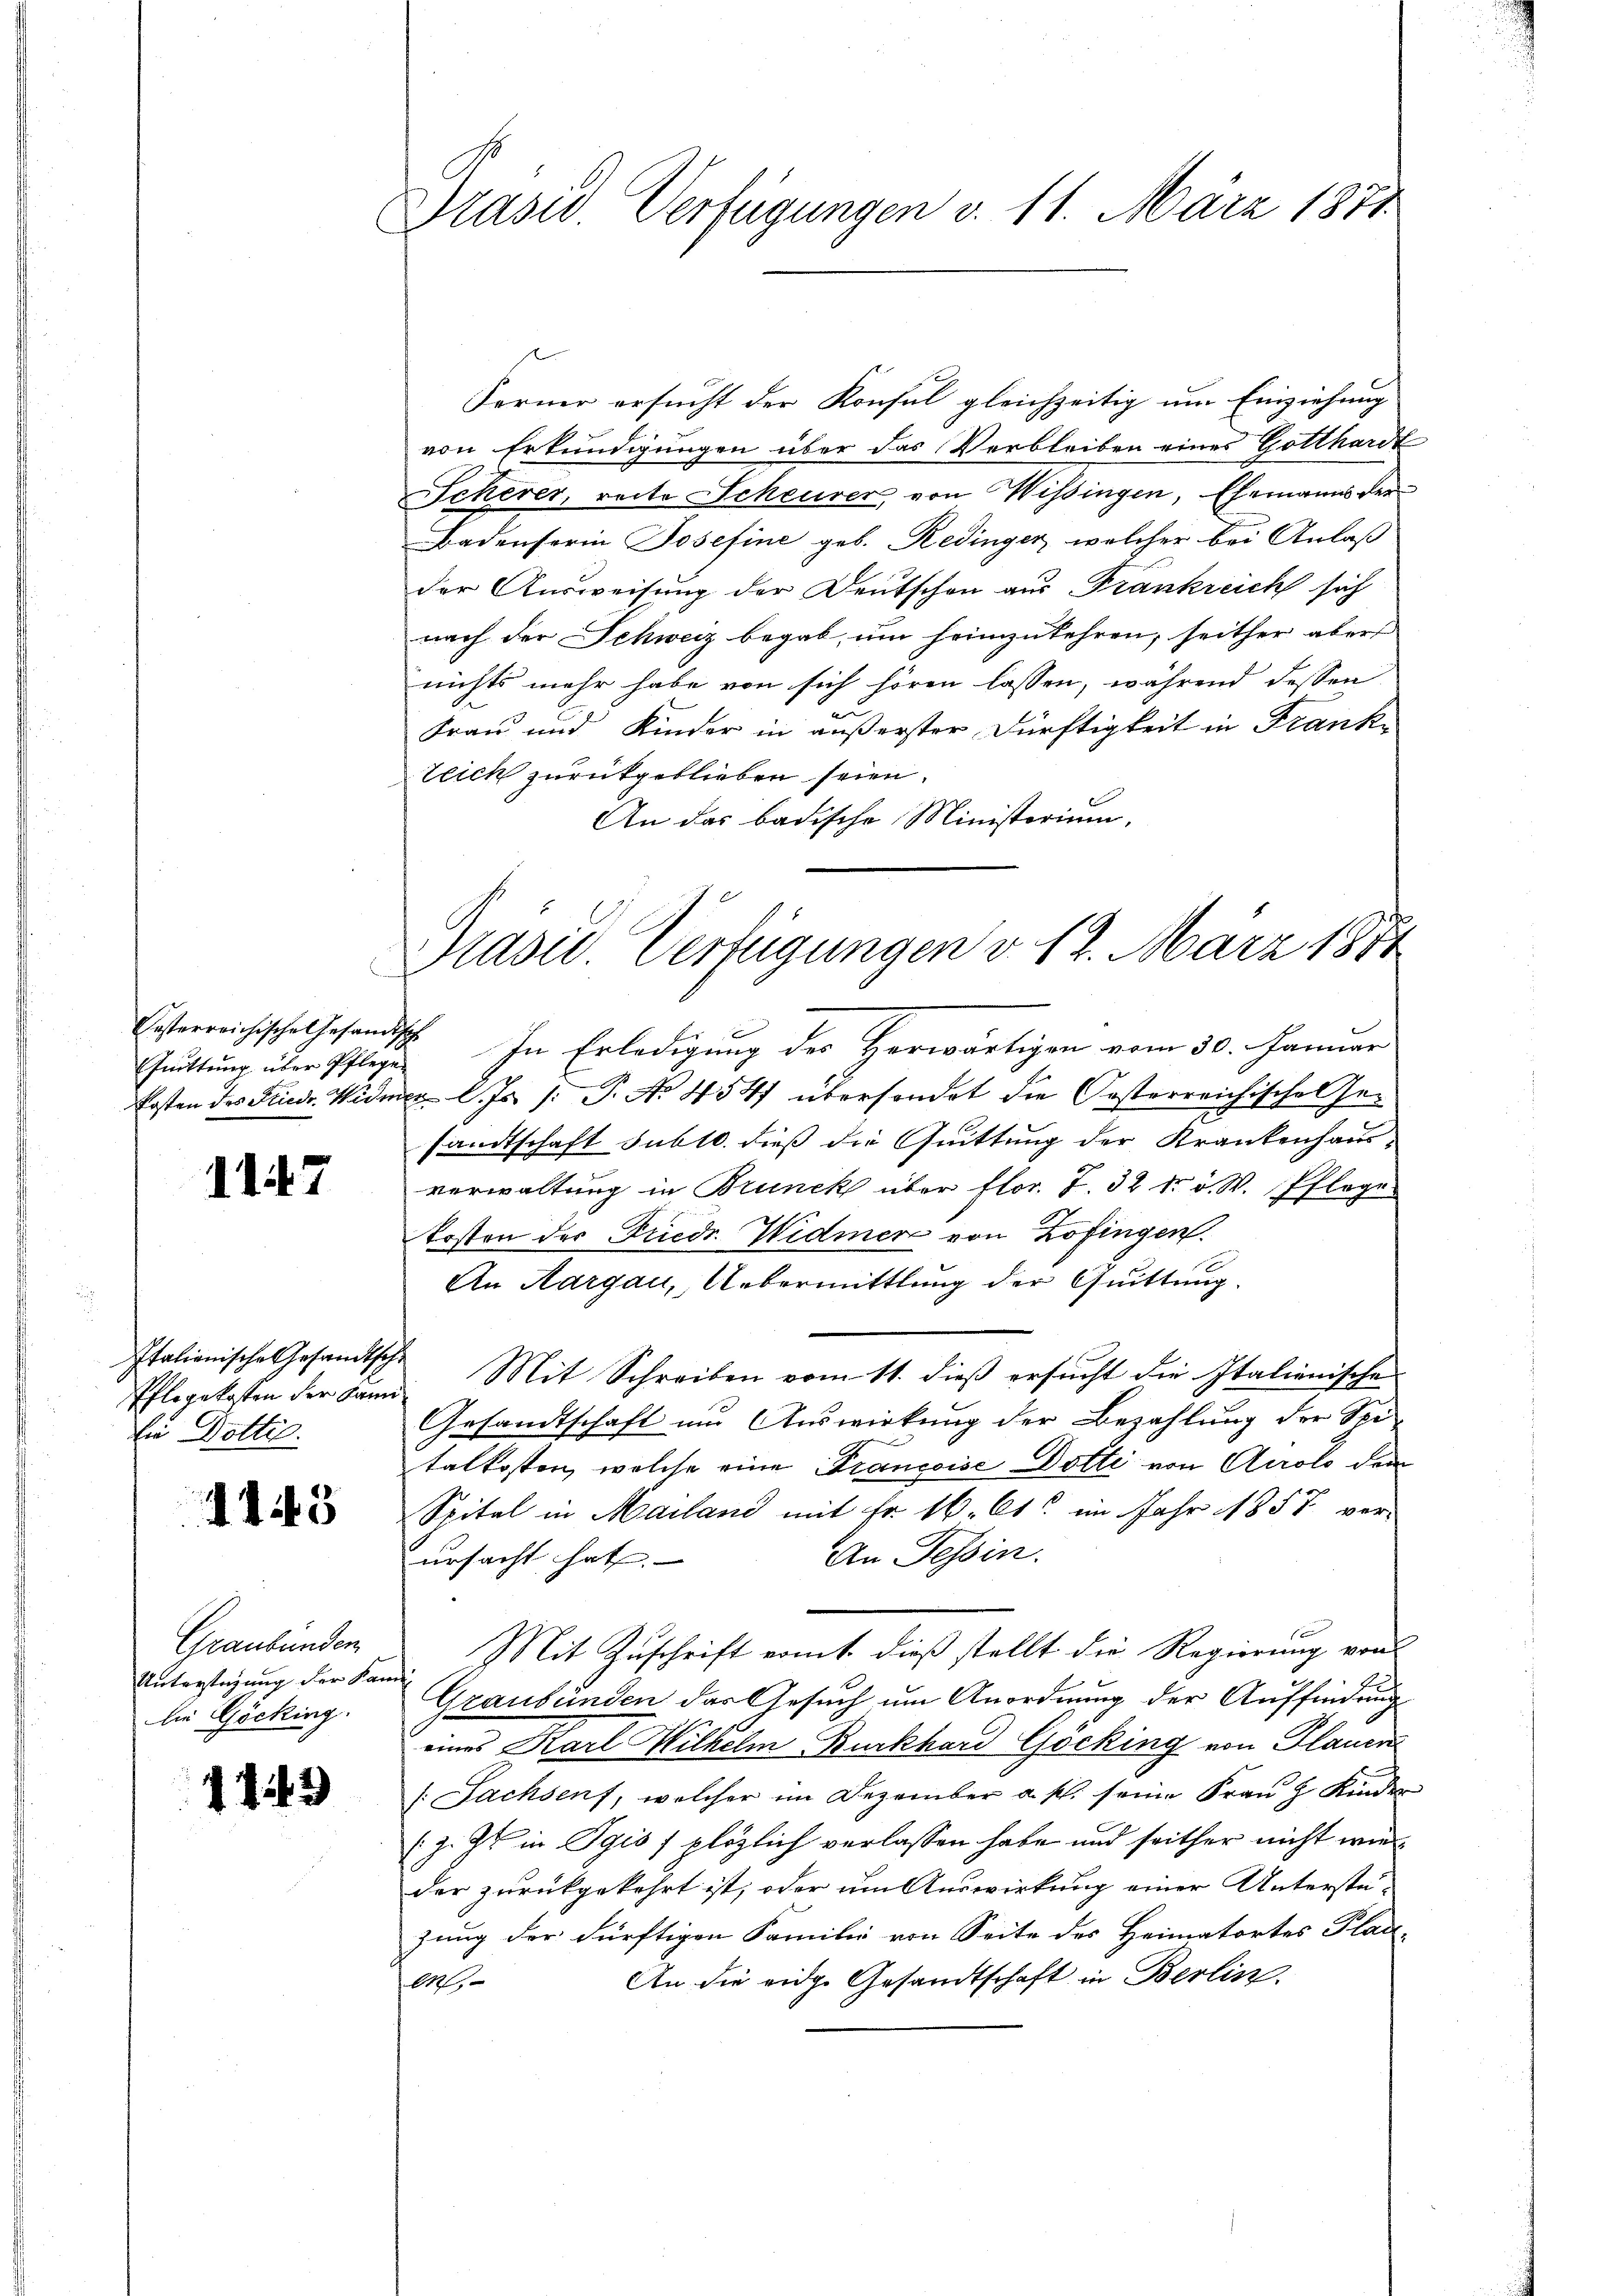
Quittung über Pflege

1147

Italionische Gesandtsch
die Dotter.

143

Graubünden
Unterstehung der Kandie Göcking.

1743

Präsid. Verfügungen v. 11. März 1871

Präsid. Verfügungen d. 12. März 1871

Ferner ersucht der Konsul gleichzeitig um Einziehung
von Erkundigungen über das Verbleiben eines Gotthardt
Scherer, reite Scheurer, von Wissingen, Ehemanns ver¬
Badenserin Josefine geb. Redinger, welcher bei Anlaß
der Ausweisung der Deutschon aus Frankreich sich
nach der Schweiz begab, um heimzukehren, seither aber
nichts mehr habe von sich hören lassen, während dessen
en
Frau und Kinder in äußerster Dürftigkeit in Frank¬
Zeich zurückgeblieben seien.
An das badische Ministerium,
Ersterreichische Gesandtsch. In Erledigung des Herwärtigen vom 30. Januar
Posten des Friedr. Widmer l. Js. /: P. No 454 übersondet die Oesterreichische Gesandtschaft subtr. dieß die Quittung der Krankenhausverwaltung in Brunck über flor. S. 32 s. v. W. Pflege
kosten der Friedr. Widmer von Zofingen.
An Aargau, Uebermittlung der Quittung.
Pflegekosten der kann Mit Schreiben vom 11. dieß ersucht die Italienischen
Gesandtschaft und Auswirkung der Bezahlung der Seitalkosten, welche eine Francoise Dotti von Airolo dem
Spital in Mailand mit Fr. 10. Cts. im Jahr 1858 ver-
An Tessin.
ursacht hat.

 Mit Zuschrift vomt dieß stellt die Regierung von

Graubünden das Gesuch um Anordnung der Auffindung
eines Karl Wilhelm Burkhard Göcking von Plauen
(Sachsenf, welcher im Dezember a. p. seine Fraŭ H. Kinder
(z. Zt. in Pyis) plötzlich verlassen habe und seither nicht wieder zurückgekehrt ist, oder um Auswirkung einer Unterstüzung der dürftigen Familie von Seite des Heimatortes Plad-
An die eidge Gesandtschaft in Berlin.
l

t